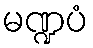
မဏ္ဍပံ